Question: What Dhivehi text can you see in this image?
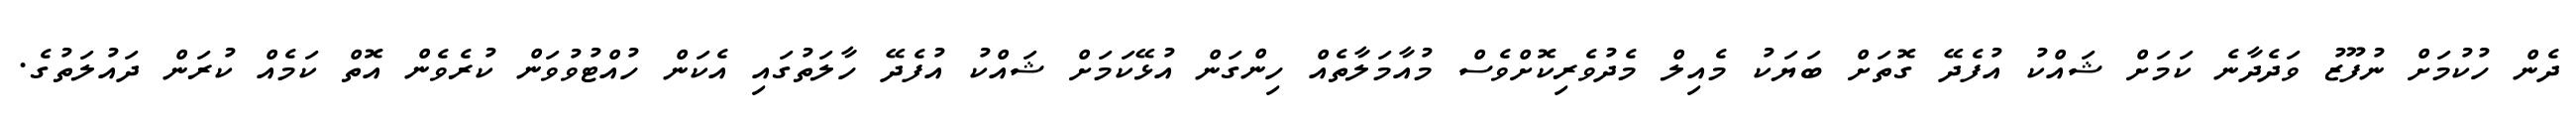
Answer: ދެން ހުކުމަށް ނުފޫޒު ވަދެދާނެ ކަމަށް ޝައްކު އުފެދޭ ގޮތަށް ބަޔަކު މެއިލް މެދުވެރިކޮށްވެސް މުއާމަލާތެއް ހިންގަން އުޅޭކަމަށް ޝައްކު އުފެދޭ ހާލަތުގައި އެކަން ހުއްޓުވުވަން ކުރެވެން އޮތް ކަމެއް ކުރަން ދައުލަތުގެ.